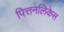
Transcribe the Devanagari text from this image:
पित्तनलिकेस